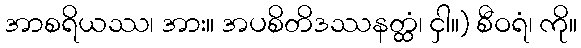
အာစရိယဿ၊ အား။ အပစိတိဒဿနတ္ထံ၊ ငှါ။) စီဝရံ၊ ကို။